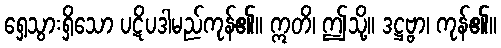
ရှေ့သွားရှိသော ပဋိပဒါမည်ကုန်၏။ ဣတိ၊ ဤသို့။ ဒဋ္ဌဗ္ဗာ၊ ကုန်၏။